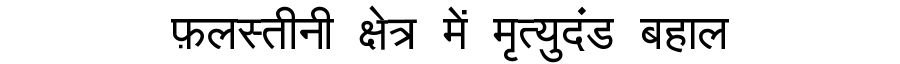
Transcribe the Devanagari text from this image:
फ़लस्तीनी क्षेत्र में मृत्युदंड बहाल